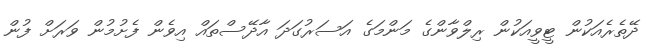
ދޭތެރެއަކުން ޓީވީއަކުން ރިލްވާންގެ މަންމަގެ އަސަރުގަދަ އާދޭސްތައް އިވެން ފެށުމުން ވަރަށް ފުން